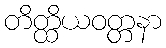
တိတ္ထိယဝတ္တနာ